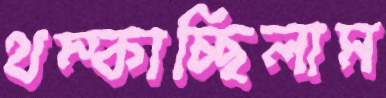
থম্‌কাচ্ছিলাম